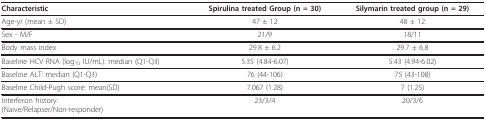
<table><thead><tr><td><b>Characteristic</b></td><td><b>Spirulina treated Group (n = 30)</b></td><td><b>Silymarin treated group (n = 29)</b></td></tr></thead><tbody><tr><td>Age-yr (mean ± SD)</td><td>47 ± 12</td><td>48 ± 12</td></tr><tr><td>Sex - M/F</td><td>21/9</td><td>18/11</td></tr><tr><td>Body mass index</td><td>29.8 ± 6.2</td><td>29.7 ± 6.8</td></tr><tr><td>Baseline HCV RNA (log<sub>10 </sub>IU/mL): median (Q1-Q3)</td><td>5.35 (4.84-6.07)</td><td>5.43 (4.94-6.02)</td></tr><tr><td>Baseline ALT: median (Q1-Q3)</td><td>76 (44-106)</td><td>75 (43-108)</td></tr><tr><td>Baseline Child-Pugh score: mean(SD)</td><td>7.067 (1.28)</td><td>7 (1.25)</td></tr><tr><td>Interferon history:(Naive/Relapser/Non-responder)</td><td>23/3/4</td><td>20/3/6</td></tr></tbody></table>